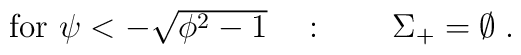
\mbox{for $\psi < -\sqrt{\phi^2-1}$} \quad : \qquad \Sigma_+ = \emptyset\; .